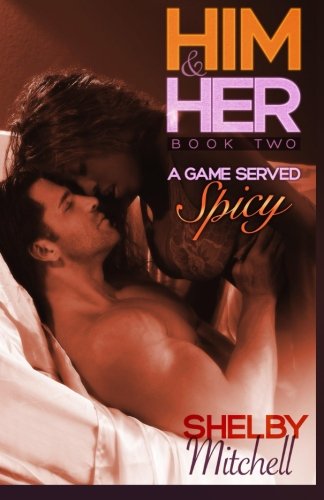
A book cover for Him & Her (BWWM Curvy Romance): A Game Served Spicy (Book Two) (Volume 2); Shelby Mitchell; Romance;